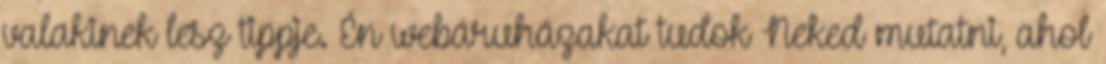
valakinek lesz tippje. Én webáruházakat tudok Neked mutatni, ahol